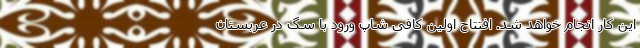
این کار انجام خواهد شد. افتتاح اولین کافی شاپ ورود با سگ در عربستان